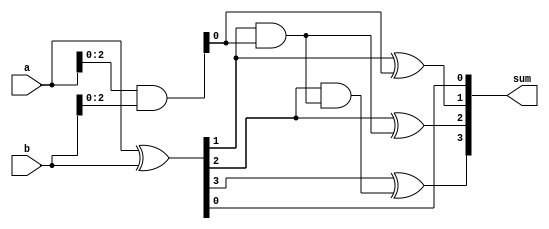
module brent_kung_adder (
  input [3:0] a,
  input [3:0] b,
  output [3:0] sum
);

wire [3:0] p, g;

assign p = a ^ b;
assign g = a & b;

assign sum[0] = p[0]; // First bit of sum

assign sum[1] = p[1] ^ g[0]; // Second bit of sum
assign g[1] = p[1] & g[0];

assign sum[2] = p[2] ^ g[1]; // Third bit of sum
assign g[2] = p[2] & g[1];

assign sum[3] = p[3] ^ g[2]; // Fourth bit of sum

endmodule